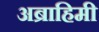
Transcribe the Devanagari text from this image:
अब्राहिमी